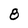
Character: 8